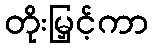
တိုးမြှင့်ကာ